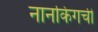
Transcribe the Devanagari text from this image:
नानकिंगची